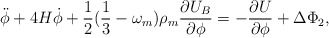
\begin{align*}\ddot\phi+4H\dot\phi+\frac{1}{2}(\frac{1}{3}-\omega_m)\rho_m\frac{\partial U_B}{\partial\phi}=-\frac{\partial U}{\partial\phi} +\Delta\Phi_2,\end{align*}